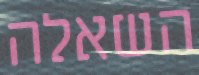
השאלה